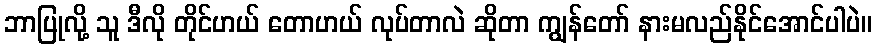
ဘာပြုလို့ သူ ဒီလို တိုင်ဟယ် တောဟယ် လုပ်တာလဲ ဆိုတာ ကျွန်တော် နားမလည်နိုင်အောင်ပါပဲ။